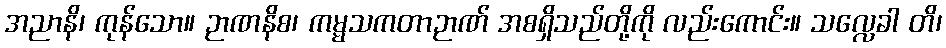
အညာနိ၊ ကုန်သော။ ဉာဏနိစ၊ ကမ္မသကတာဉာဏ် အစရှိသည်တို့ကို လည်းကောင်း။ သလ္လေခါ တိ၊